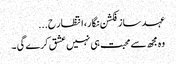
عہد ساز فکشن نگار، انتظار ح...
وہ مجھ سے محبت ہی نہیں عشق کرے گی ۔